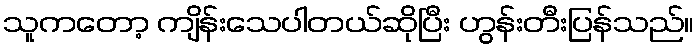
သူကတော့ ကျိန်းသေပါတယ်ဆိုပြီး ဟွန်းတီးပြန်သည်။